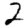
Digit: 2